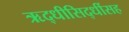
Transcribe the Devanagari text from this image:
ऋद्धीसिद्धींसह